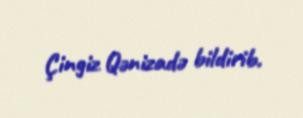
Çingiz Qənizadə bildirib.